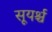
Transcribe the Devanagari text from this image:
सूयर्श्च